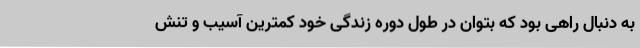
به دنبال راهی بود که بتوان در طول دوره زندگی خود کمترین آسیب و تنش